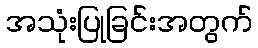
အသုံးပြုခြင်းအတွက်